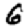
Digit: 6